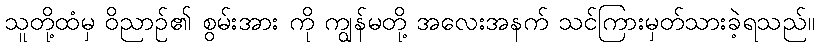
သူတို့ထံမှ ဝိညာဉ်၏ စွမ်းအား ကို ကျွန်မတို့ အလေးအနက် သင်ကြားမှတ်သားခဲ့ရသည်။